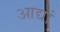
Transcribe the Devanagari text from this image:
आद्यां